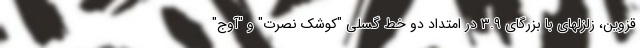
قزوین، زلزلهای با بزرگای ۳.۹ در امتداد دو خط گسلی "کوشک نصرت" و "آوج"